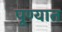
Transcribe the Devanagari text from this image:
पूण्यात